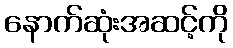
နောက်ဆုံးအဆင့်ကို